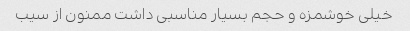
خیلی خوشمزه و حجم بسیار مناسبی داشت ممنون از سیب